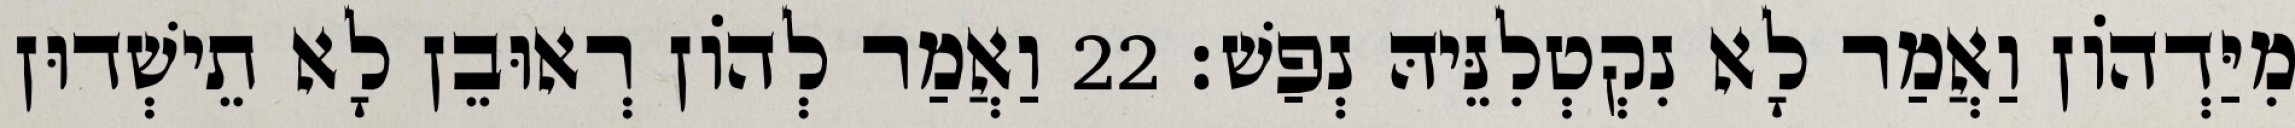
מִיַּדְהוֹן וַאֲמַר לָא נִקְטְלִנֵּיהּ נְפַשׁ׃ 22 וַאֲמַר לְהוֹן רְאוּבֵן לָא תֵישְׁדוּן